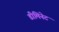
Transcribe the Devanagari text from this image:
डीमिनेट